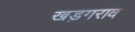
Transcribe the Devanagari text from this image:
खड़गराव